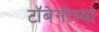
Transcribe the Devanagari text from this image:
टॉबेगोच्या